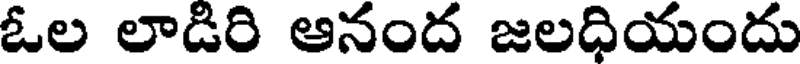
ఓల లాడిరి ఆనంద జలధియందు